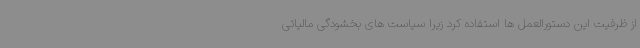
از ظرفیت این دستورالعمل ها استفاده کرد زیرا سیاست های بخشودگی مالیاتی